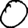
Digit: 0